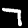
Digit: 7